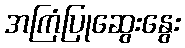
အကြံပြုဆွေးနွေး